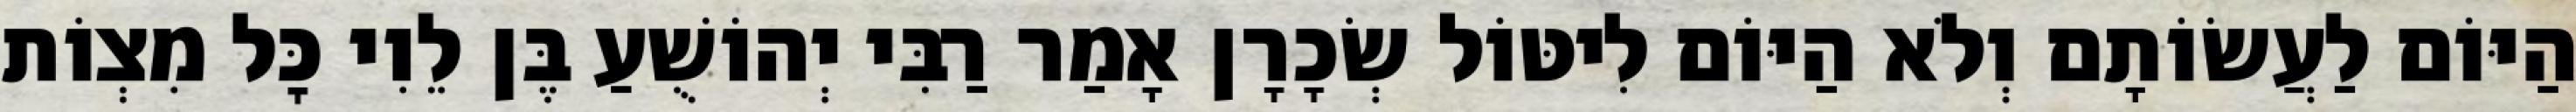
הַיּוֹם לַעֲשׂוֹתָם וְלֹא הַיּוֹם לִיטּוֹל שְׂכָרָן אָמַר רַבִּי יְהוֹשֻׁעַ בֶּן לֵוִי כׇּל מִצְוֹת